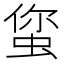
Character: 𱿥